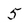
Character: 5